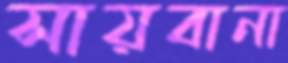
সায়বানা